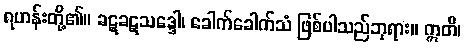
ရဟန်းတို့၏။ ခဋခဋသဒ္ဒေါ၊ ခေါက်ခေါက်သံ ဖြစ်ပါသည်ဘုရား။ ဣတိ၊